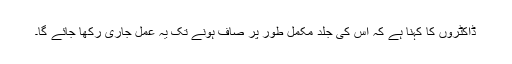
ڈاکٹروں کا کہنا ہے کہ اس کی جلد مکمل طور پر صاف ہونے تک یہ عمل جاری رکھا جائے گا۔